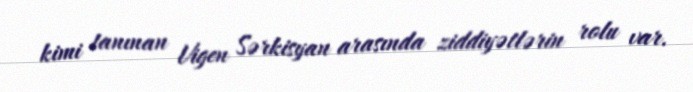
kimi tanınan Vigen Sərkisyan arasında ziddiyətlərin rolu var.